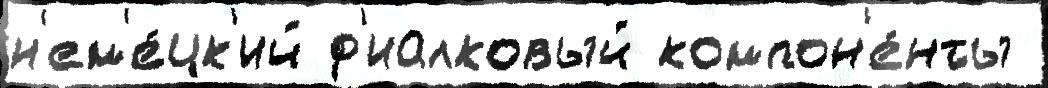
н'ем'е́цк'ий ф'иалковый компон'е́нты